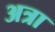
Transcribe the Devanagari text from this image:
अत्रा